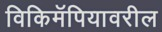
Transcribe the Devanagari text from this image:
विकिमॅपियावरील